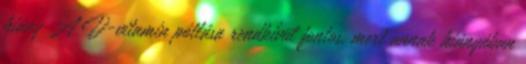
hiány A D-vitamin pótlása rendkívül fontos, mert annak hiányában